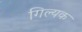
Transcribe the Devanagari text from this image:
गिल्यक